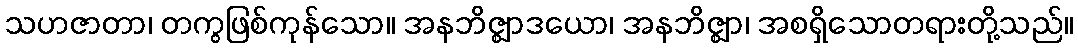
သဟဇာတာ၊ တကွဖြစ်ကုန်သော။ အနဘိဇ္ဈာဒယော၊ အနဘိဇ္ဈာ၊ အစရှိသောတရားတို့သည်။